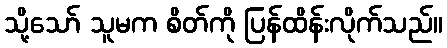
သို့သော် သူမက စိတ်ကို ပြန်ထိန်းလိုက်သည်။